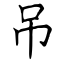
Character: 吊